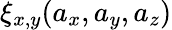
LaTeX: \xi_{x,y}(a_{x},a_{y},a_{z})